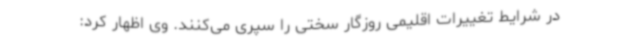
در شرایط تغییرات اقلیمی روزگار سختی را سپری می‌کنند. وی اظهار کرد: